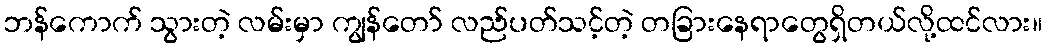
ဘန်ကောက် သွားတဲ့ လမ်းမှာ ကျွန်တော် လည်ပတ်သင့်တဲ့ တခြားနေရာတွေရှိတယ်လို့ထင်လား။